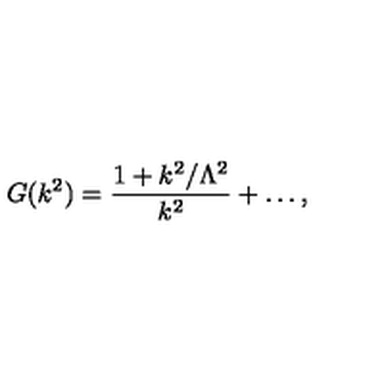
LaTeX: G ( k ^ { 2 } ) = \frac { 1 + k ^ { 2 } / \Lambda ^ { 2 } } { k ^ { 2 } } + \dots ,